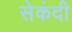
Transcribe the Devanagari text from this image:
सेकंदी